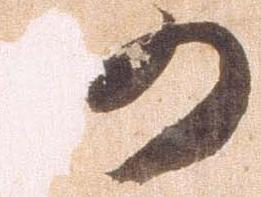
仍